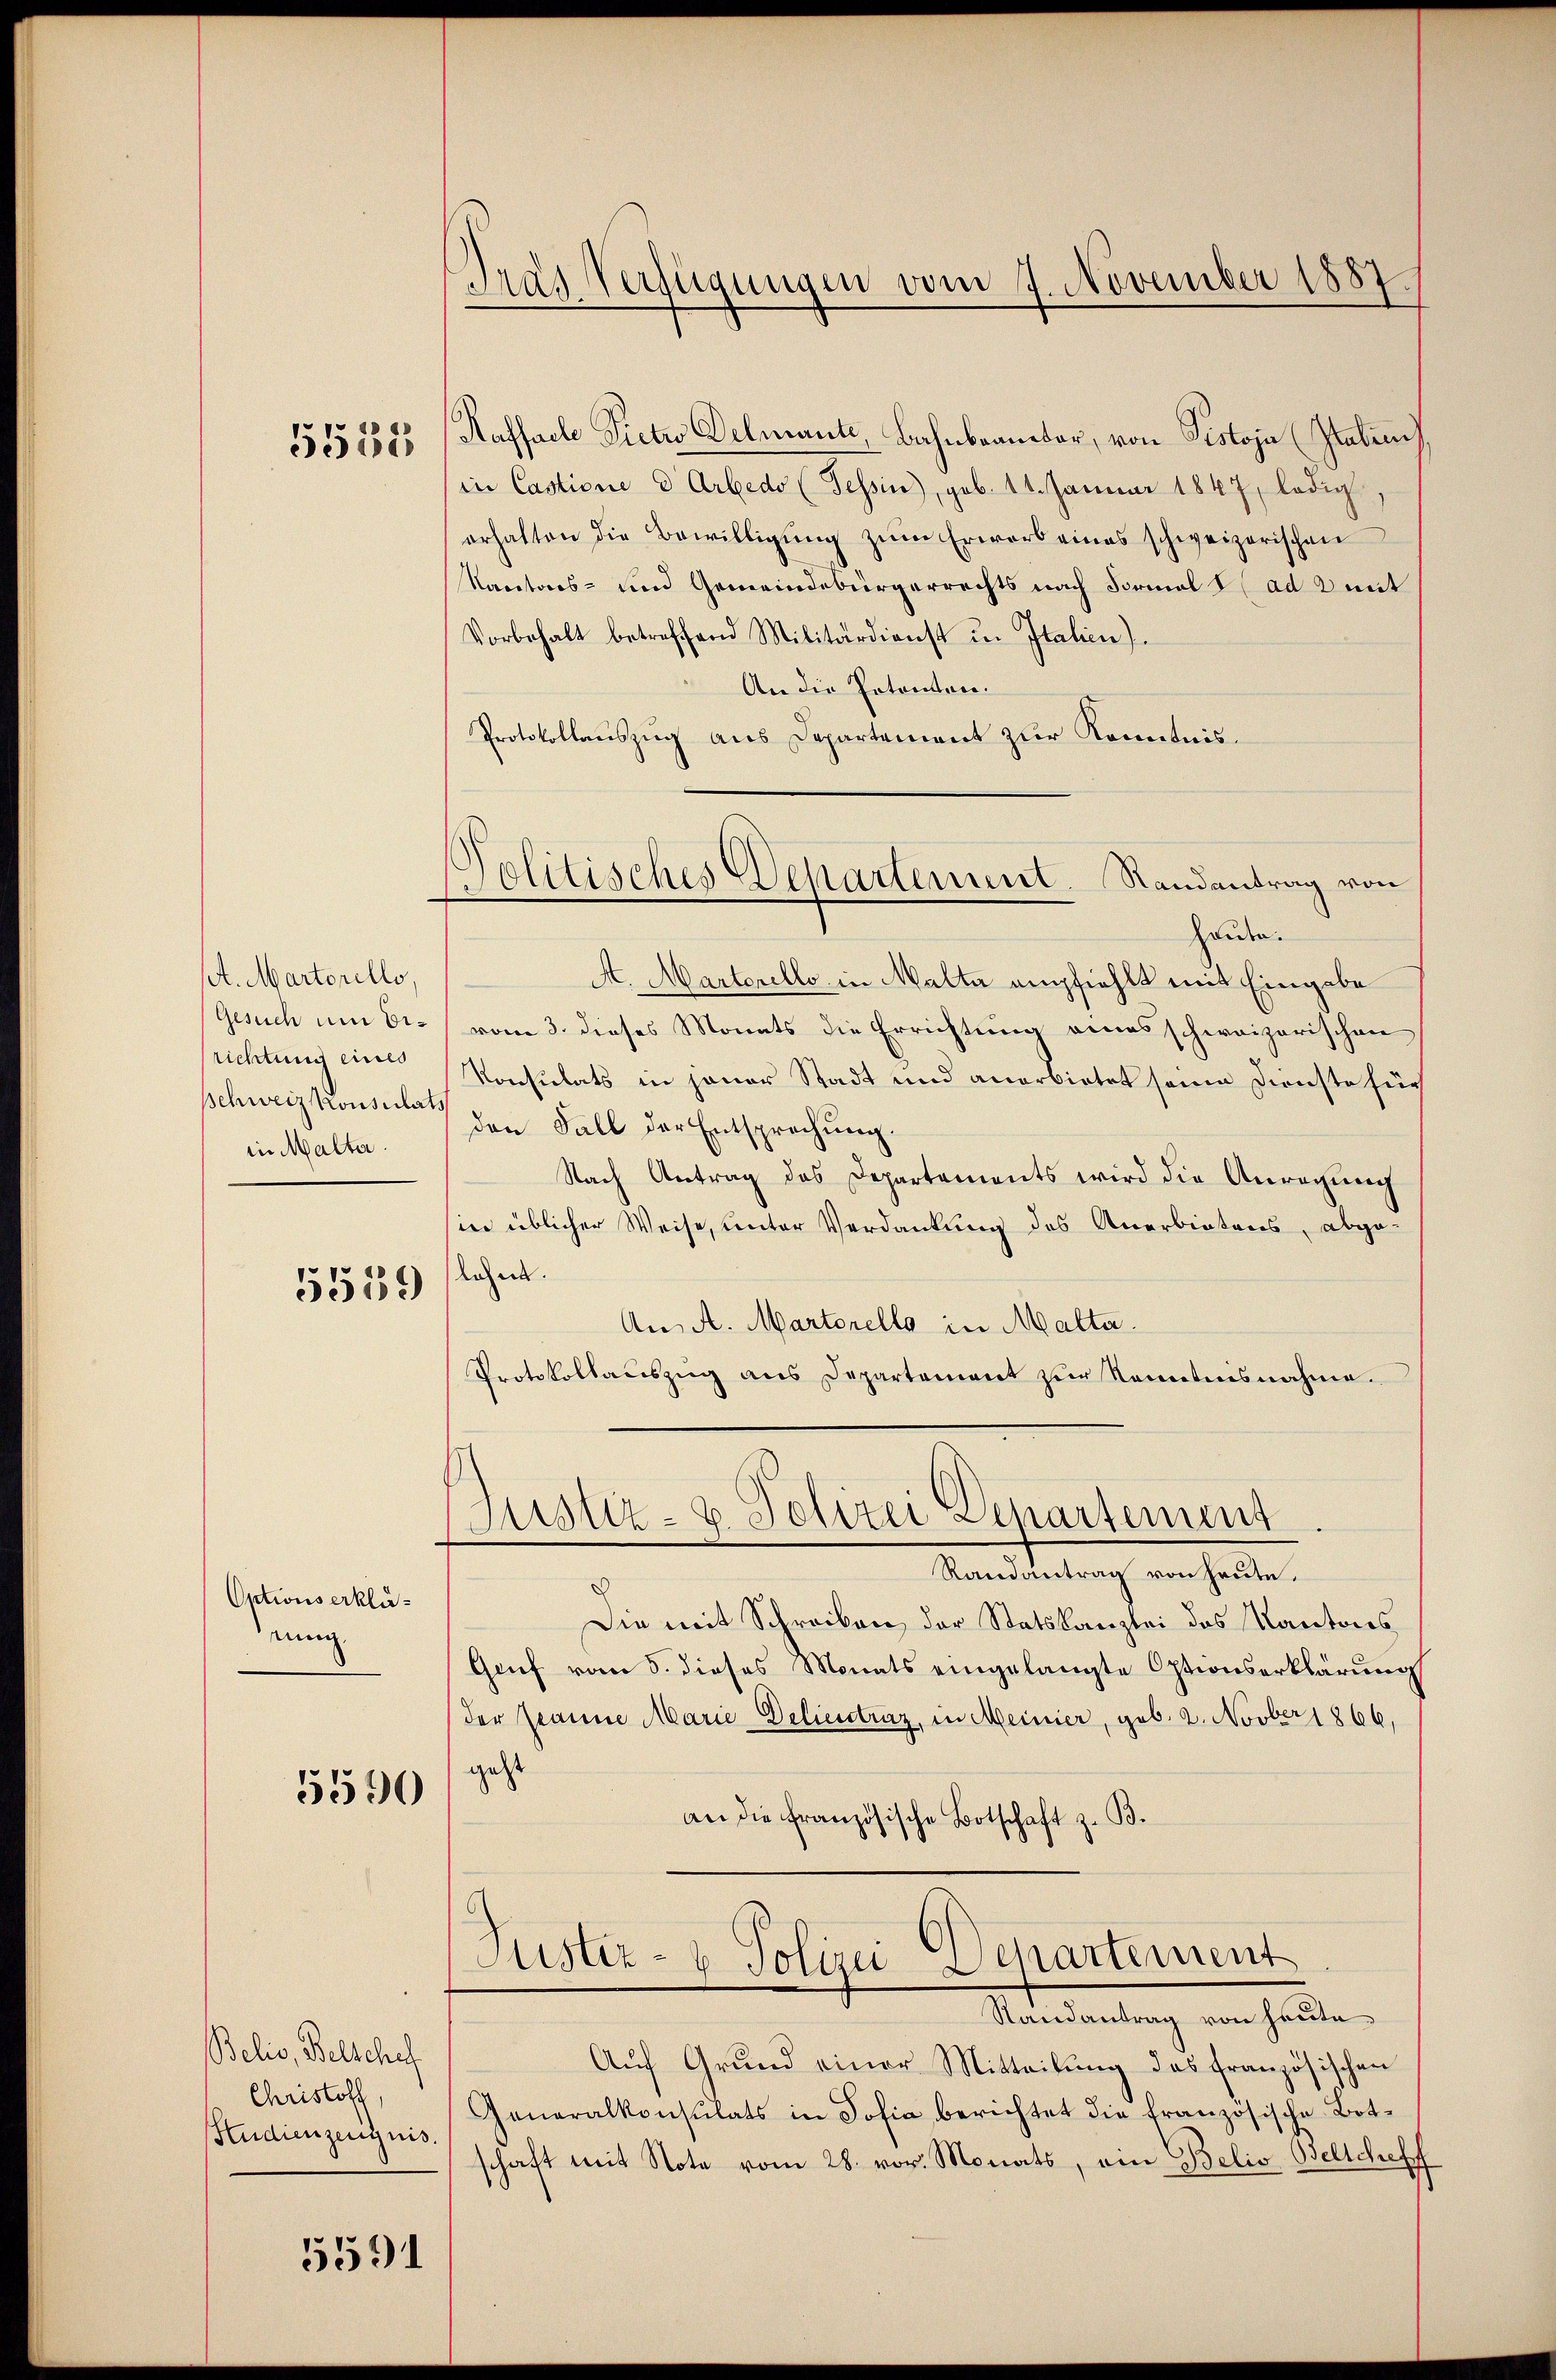
5552

A. Martorello
Gesuch um Eirichtung eines
Schweiz konsula
in Malta.

5559

Optionserklänung

5390

Belis, Belschaf
Christoff,
Hudienzeugnis.

5591

)
Gras Verfügungen vom 7. November 1887
d

Politisches Departement. Randantrag von

Kaffeele Pietro Delmante, Bahnbeamber, von Pistoja (Italien
in Castione & Arbedo (Tessin, geb. 14. Januar 1847, ledig
erhalten die Bewilligung zum Erwarb eines schweizerischen
Nacetors- und Gemeindebürgerrechts nach Formals ad 2 mit
Vorbehalt betreffend Militärdienst u. Italien).
An die Petenten.
Protokollauszug aus Departement zur Kenntnis.
Heiden.
A. Marterello in Malta empfiehlt mit Eingabe
vom 3. dieses Monats die Errichtung eines schweizerischen
Konsulats in jener Stadt und anerbietet seine Dienste für
den Fall der Entsprechung.
Nach Antrag des Departements wird die Anregung
in üblicher Weise, unter Verdankung des Anerbietens, abge-
lahen.
An A. Martorello in Malta.
Protokollaŭszŭg ans Departement zŭr Kenntnisnahme.
Justiz- u. Polizei Departement
Randantrag von heute.
Die mit Schreiben der Statskanzlei des Kantons¬
Gruf vom 5. dieses Monats eingelangte Optionserklärung
der Jeanne Marie Delieutraz, in Meiner, geb. 2. Novber 1866,
geht
an die französische Botschaft z. B.
Puster- & Polizei Departement
Randantrag von heute
Aŭf Grund einer Mitteilŭng des französischen
Generalkonsulats in Sofia berichtet die französische Botschaft mit Note vom 28. vor. Monats, ein Belis Bellcheff